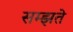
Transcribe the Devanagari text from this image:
सम्झते